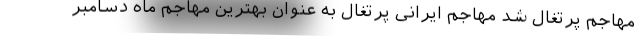
مهاجم پرتغال شد مهاجم ایرانی پرتغال به عنوان بهترین مهاجم ماه دسامبر